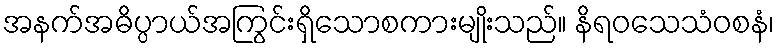
အနက်အဓိပ္ပာယ်အကြွင်းရှိသောစကားမျိုးသည်။ နိရဝသေသံဝစနံ၊